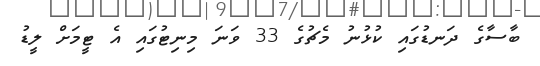
ބާސާގެ ދަނޑުގައި ކުޅުނު މެޗުގެ 33 ވަނަ މިނިޓުގައި އެ ޓީމަށް ލީޑު